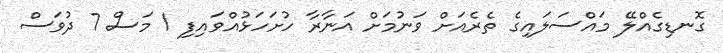
ގޮނޑިގެއްލޭ މައްސަލައިގެ ތެރެއަށް ވަނުމަށް އަނާރާ ހުށަހަޅުއްވައިފި 1 މަސް 7 ދުވަސް